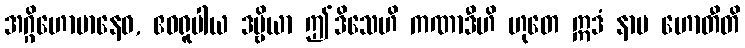
အဂ္ဂိဟောမာနေဝ, ဧဝရူပါယ ဒဗ္ဗိယာ ဤဒိသေဟိ ကဏာဒီဟိ ဟုတေ ဣဒံ နာမ ဟောတီတိ